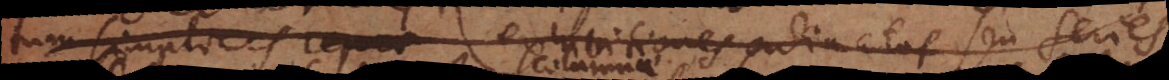
tum simplices reprae exhibitiones ordinatas seu series,